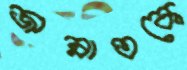
জান্নাতকে